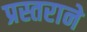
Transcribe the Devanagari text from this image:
प्रस्तराने